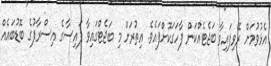
އެޅުވުމަށް ރޭވިފައިވާ ބަޖެޓެއްކަން ފާހަގަކޮށްފައެވެ. އިތުރަށް މި ބަޖެޓްގައިވާ ފައިސާގެ އިސްރާފުގެ ބޮޑުބައެއް